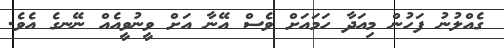
ގެއްލުނު ފަހުން މިއަދާ ހަމައަށް ވެސް އޭނާ އަށް ވީނުވީއެއް ނޭނގެ އެވެ.